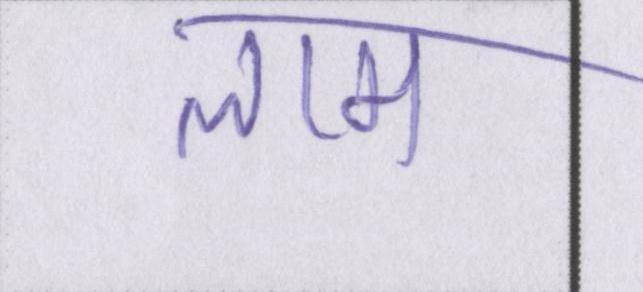
लाम